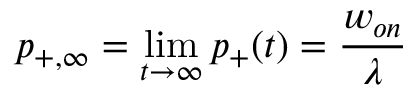
p _ { + , \infty } = \operatorname* { l i m } _ { t \rightarrow \infty } p _ { + } ( t ) = { \frac { w _ { o n } } { \lambda } }